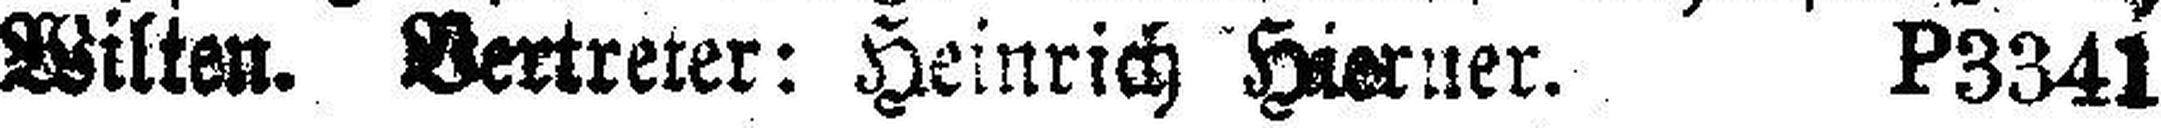
Wilten. Vertreter: Heinrich Hierner. P3341